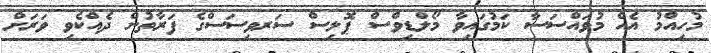
މުހިއްމު އެއް މުވައްސަސާ ކަމުގައިވާ މޯލްޑިވްސް ޕޮލިސް ސަރވިސަސްގެ ފަރާތުން ދެއްކެވި ވަރަށް